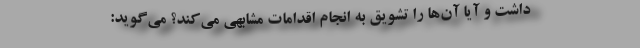
داشت و آیا آن‌ها را تشویق به انجام اقدامات مشابهی می‌کند؟ می‌گوید: